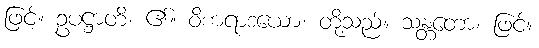
ဖြင့်။ ဥပဋ္ဌာတိ၊ ၏။ ဝိစာရာဒယော၊ တို့သည်။ သန္တတော၊ ဖြင့်။